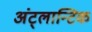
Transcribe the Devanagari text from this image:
अंट्लान्टिक